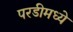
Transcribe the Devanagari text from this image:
परडीमध्ये